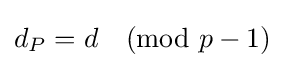
d_{P}=d{\pmod {p-1}}